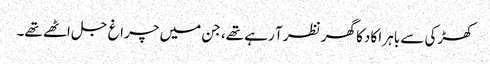
کھڑکی سے باہر اکا دکا گھر نظر آ رہے تھے، جن میں چراغ جل اٹھے تھے۔